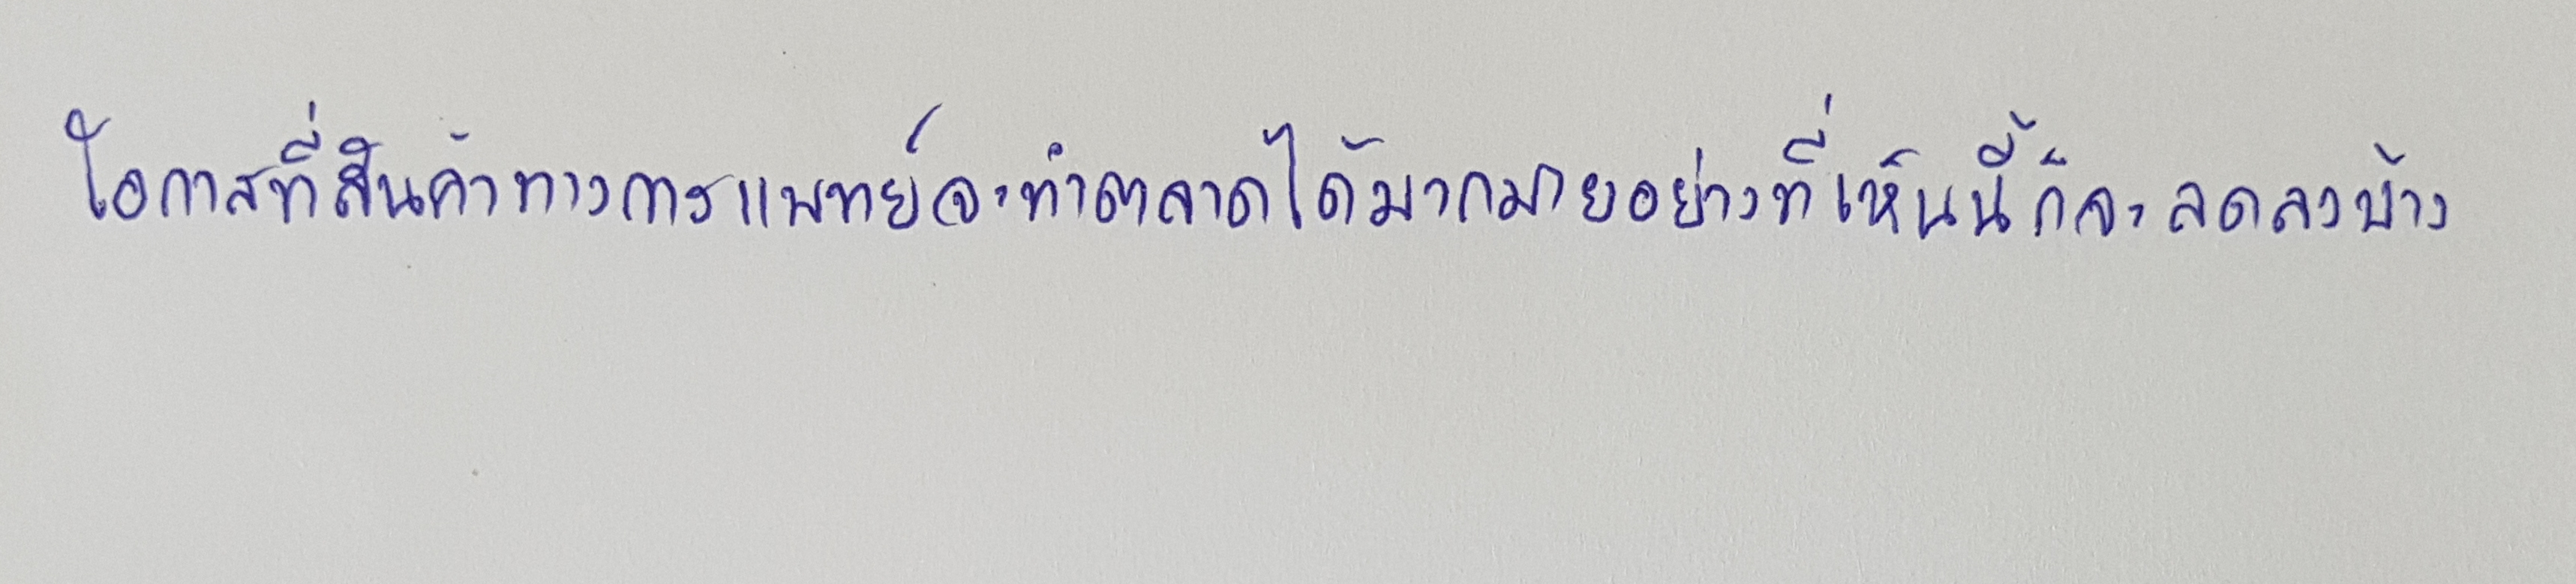
โอกาสที่สินค้าทางการแพทย์จะทำตลาดได้มากมายอย่างที่เห็นนี้ก็จะลดลงบ้าง